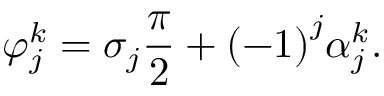
\varphi _ { j } ^ { k } = { { \sigma } _ { j } } \frac { \pi } { 2 } + { { ( - 1 ) } ^ { j } } \alpha _ { j } ^ { k } .